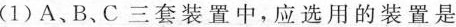
(1)A、B、C三套装置中，应选用的装置是